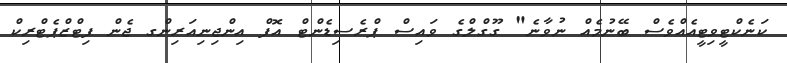
ކަނެކްޓީވިޓީއެއްވެސް ބޭނުމެއް ނުވާނެ" ގޫގްލްގެ ވައިސް ޕްރެސިޑެންޓް އޮފް އިންޖިނިއަރިންގ ޖެން ފިޓްޒްޕެޓްރިކް